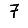
Digit: 7